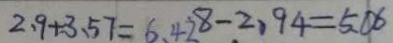
2 . 9 + 3 . 5 7 = 6 . 4 2 8 - 2 . 9 4 = 5 . 0 6